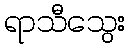
ရာသီသွေး